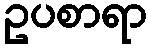
ဥပစာရာ